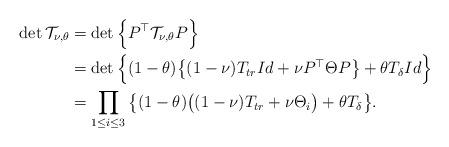
LaTeX: \begin{align*}\det\mathcal{T}_{\nu,\theta}&=\det\Big\{P^{\top}\mathcal{T}_{\nu,\theta} P\Big\}\cr &= \det\Big\{(1-\theta)\big\{(1-\nu)T_{tr}Id+\nu P^{\top}\Theta P\big\}+\theta T_{\delta}Id\Big\}\cr&= \prod_{1\leq i\leq 3}\big\{(1-\theta)\big((1-\nu)T_{tr}+\nu\Theta_i\big)+\theta T_{\delta}\big\}.\end{align*}